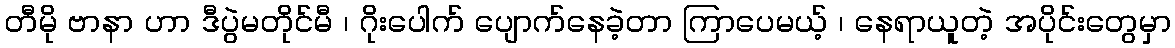
တီမို ဗာနာ ဟာ ဒီပွဲမတိုင်မီ ၊ ဂိုးပေါက် ပျောက်နေခဲ့တာ ကြာပေမယ့် ၊ နေရာယူတဲ့ အပိုင်းတွေမှာ